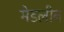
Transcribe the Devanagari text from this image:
मेडलीन